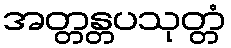
အတ္တန္တပသုတ္တံ